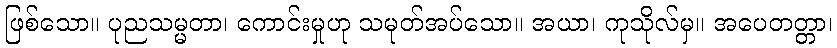
ဖြစ်သော။ ပုညသမ္မတာ၊ ကောင်းမှုဟု သမုတ်အပ်သော။ အယာ၊ ကုသိုလ်မှ။ အပေတတ္တာ၊